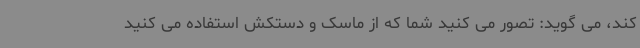
کند، می گوید: تصور می کنید شما که از ماسک و دستکش استفاده می کنید